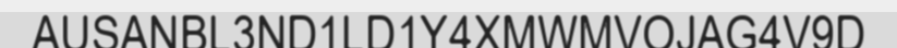
AUSANBL3ND1LD1Y4XMWMVOJAG4V9D